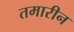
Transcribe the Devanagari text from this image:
तमारीन